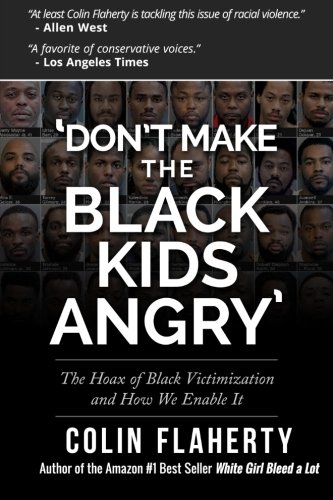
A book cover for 'Don't Make the Black Kids Angry': The hoax of black victimization and those who enable it.; Mr. Colin Flaherty; Politics & Social Sciences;